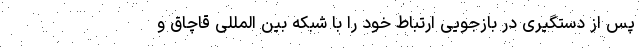
پس از دستگیری در بازجویی ارتباط خود را با شبکه بین المللی قاچاق و